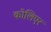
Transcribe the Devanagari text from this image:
कोलिएर